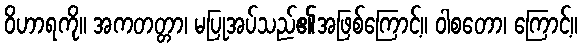
ဝိဟာရကို။ အကတတ္တာ၊ မပြုအပ်သည်၏အဖြစ်ကြောင့်။ ဝါစတော၊ ကြောင့်။